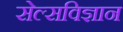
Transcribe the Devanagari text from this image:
सेल्सविज्ञान